Civil Veterinary Dept. Bombay admin report 1923-31 - 1923-1931
Year: 1923
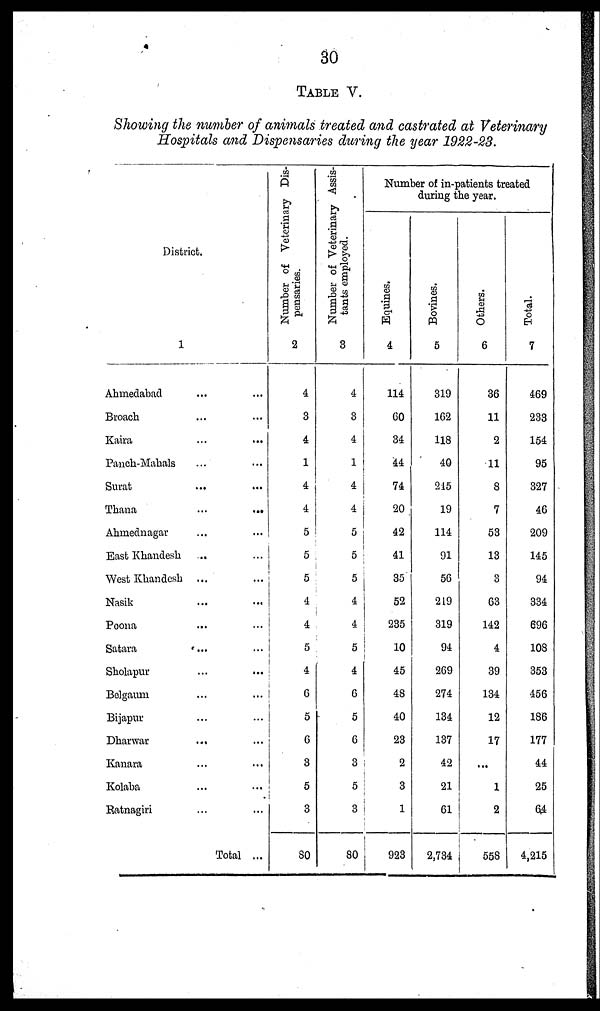
30
Showing the number of animals treated and castrated at Veterinary
Hospitals and Dispensaries during the year 1922-23.
District.
1
Ahmedabad ... ...
Broach ... ...
Kaira ... ...
Panch-Mahals ... ...
Surat ... ...
Thana
...
...
Ahmednagar ... ...
East Khandesh ... ...
West Khandesh ... ...
Nasik ... ...
Poona ... ...
Satara
...
...
Sholapur ... ...
Belgaum ... ...
Bijapur ... ...
Dharwar
...
...
Kanara ... ...
Kolaba ... ...
Ratnagiri ... ...
Total ...
Number of Veterinary Dis-
pensaries.
2
4
3
4
1
4
4
5
5
5
4
4
5
4
6
5
6
3
5
3
80
Number of Veterinary Assis-
tants employed.
3
4
3
4
1
4
4
5
5
5
4
4
5
4
6
5
6
3
5
3
80
Number of in-patients treated
during
the
year.
Equines.
4
114
60
34
44
74
20
42
41
35
52
235
10
45
48
40
23
2
3
1
923
Bovines.
5
319
162
118
40
215
19
114
91
56
219
319
94
269
274
134
137
42
21
61
2,734
Others.
6
36
11
2
11
8
7
53
13
3
63
142
4
39
134
12
17
...
1
2
558
Total.
7
469
233
154
95
327
46
209
145
94
334
696
108
353
456
186
177
44
25
64
4,215